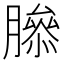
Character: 𦠨